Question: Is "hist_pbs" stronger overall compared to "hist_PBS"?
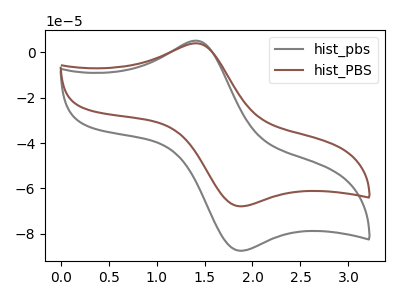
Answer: <think>The gray curve "hist_pbs" has an anodic peak at (1.40V, 5.15uA) and a cathodic peak at (1.85V, -87.55uA). The brown curve "hist_PBS" has an anodic peak at (1.40V, 4.00uA) and a cathodic peak at (1.85V, -67.90uA).
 All the peaks in "hist_pbs" have a peak in "hist_PBS" at the same potential. Every peak in "hist_pbs" is higher than every peak in "hist_PBS".</think>
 <answer>"hist_pbs" has more signal than "hist_PBS".</answer>
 <eval>more_signal</eval>